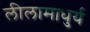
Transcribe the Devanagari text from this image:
लीलामाधुर्य